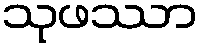
သုဖဿာ